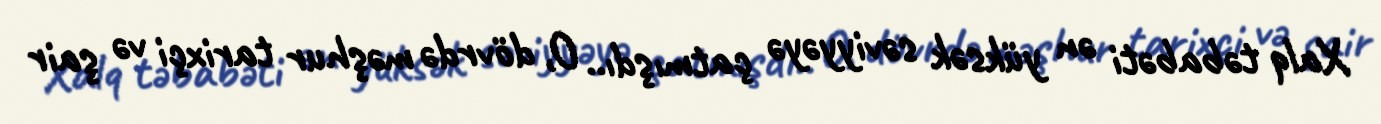
Xalq təbabəti ən yüksək səviyyəyə çatmışdı.. O, dövrdə məşhur tarixçi və şair